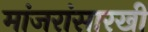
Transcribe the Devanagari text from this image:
मांजरांसारखी